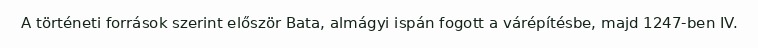
A történeti források szerint először Bata, almágyi ispán fogott a várépítésbe, majd 1247-ben IV.